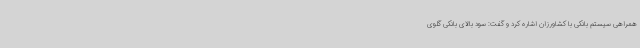
همراهی سیستم بانکی با کشاورزان اشاره کرد و گفت: سود بالای بانکی گلوی